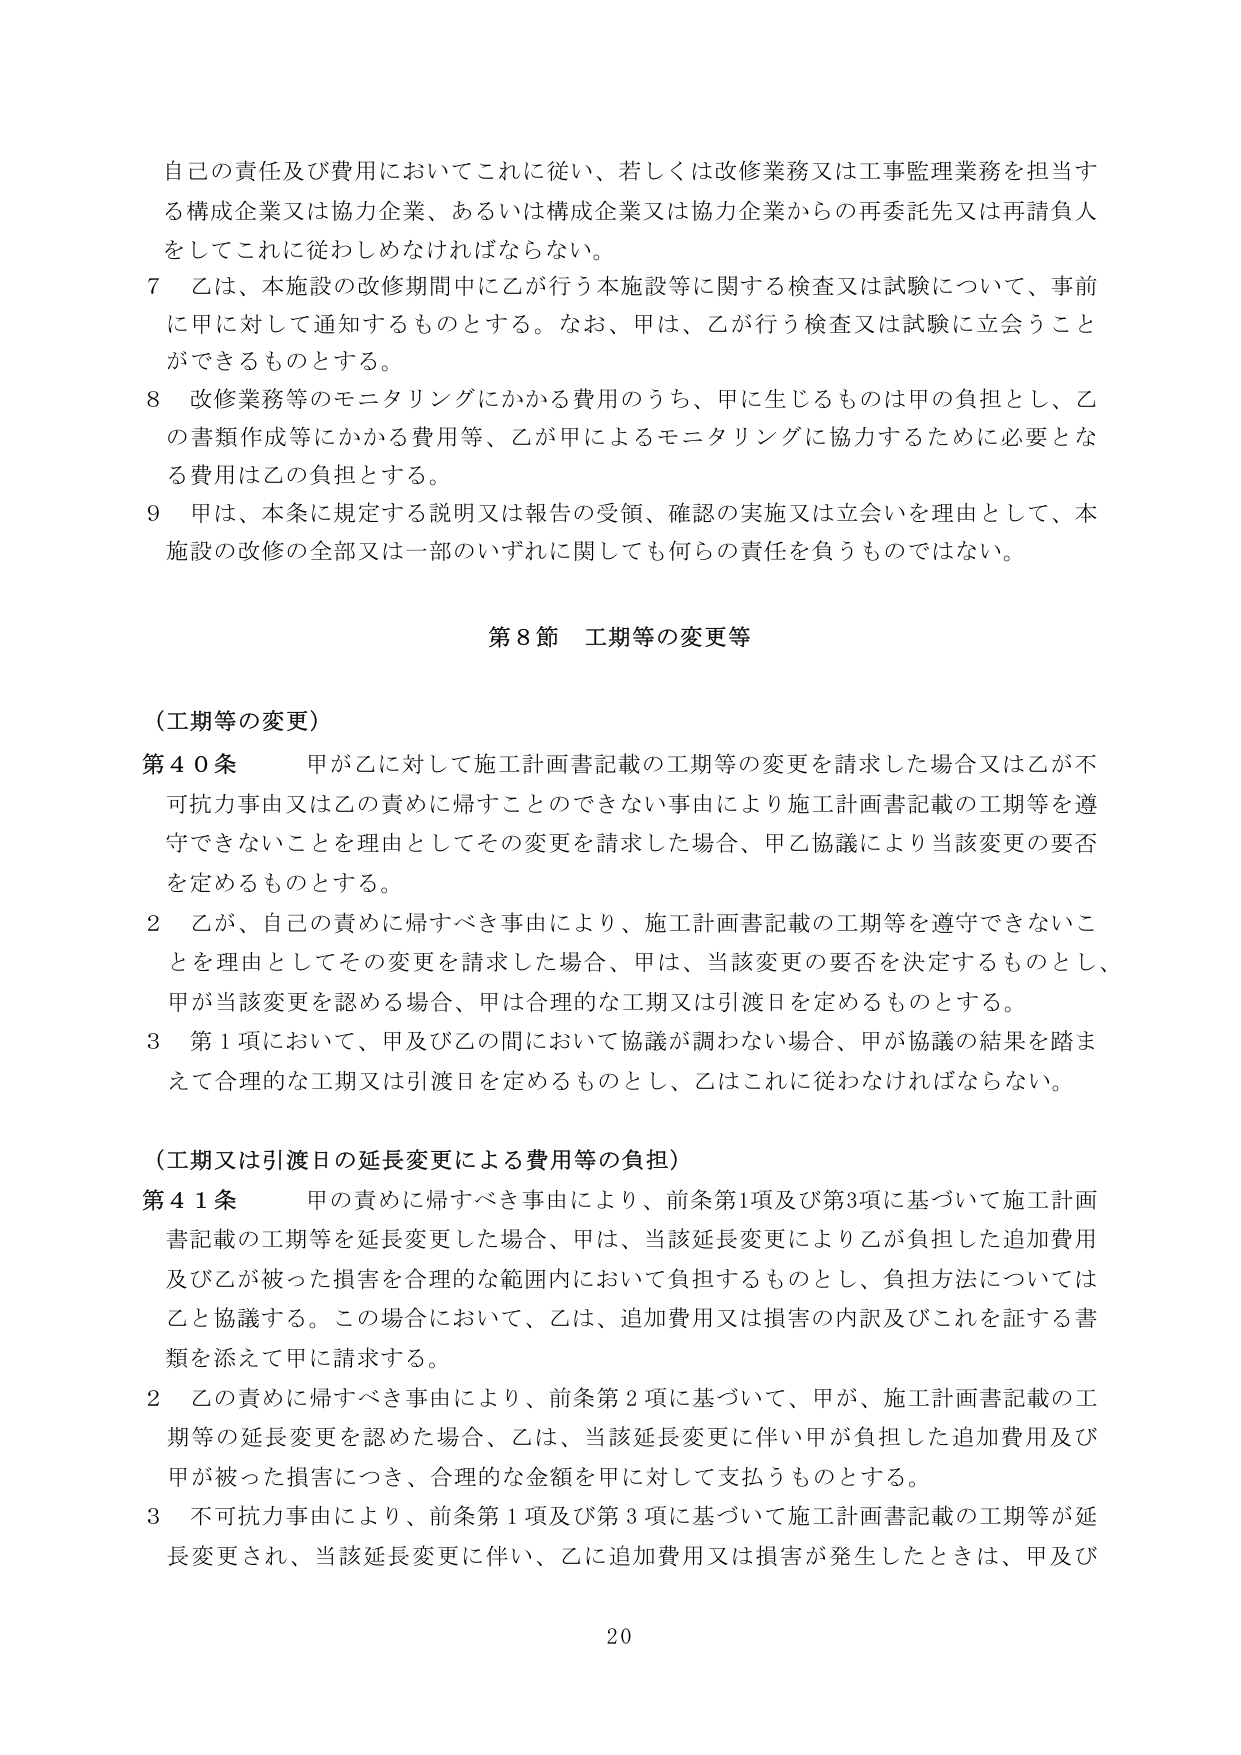
自己の責任及び費用においてこれに従い、若しくは改修業務又は工事監理業務を担当する構成企業又は協力企業、あるいは構成企業又は協力企業からの再委託先又は再請負人をしてこれに従わしめなければならない。

7 乙は、本施設の改修期間中に乙が行う本施設等に関する検査又は試験について、事前に甲に対して通知するものとする。なお、甲は、乙が行う検査又は試験に立会うことができるものとする。

8 改修業務等のモニタリングにかかる費用のうち、甲に生じるものは甲の負担とし、乙の書類作成等にかかる費用等、乙が甲によるモニタリングに協力するために必要となる費用は乙の負担とする。

9 甲は、本条に規定する説明又は報告の受領、確認の実施又は立会いを理由として、本施設の改修の全部又は一部のいずれに関しても何らの責任を負うものではない。

第8節 工期等の変更等

（工期等の変更）

第40条 甲が乙に対して施工計画書記載の工期等の変更を請求した場合又は乙が不可抗力事由又は乙の責めに帰すことのできない事由により施工計画書記載の工期等を遵守できないことを理由としてその変更を請求した場合、甲乙協議により当該変更の要否を定めるものとする。

2 乙が、自己の責めに帰すべき事由により、施工計画書記載の工期等を遵守できないことを理由としてその変更を請求した場合、甲は、当該変更の要否を決定するものとし、甲が当該変更を認める場合、甲は合理的な工期又は引渡日を定めるものとする。

3 第1項において、甲及び乙の間において協議が調わない場合、甲が協議の結果を踏まえて合理的な工期又は引渡日を定めるものとし、乙はこれに従わなければならない。

（工期又は引渡日の延長変更による費用等の負担）

第41条 甲の責めに帰すべき事由により、前条第1項及び第3項に基づいて施工計画書記載の工期等を延長変更した場合、甲は、当該延長変更により乙が負担した追加費用及び乙が被った損害を合理的な範囲内において負担するものとし、負担方法については乙と協議する。この場合において、乙は、追加費用又は損害の内訳及びこれを証する書類を添えて甲に請求する。

2 乙の責めに帰すべき事由により、前条第2項に基づいて、甲が、施工計画書記載の工期等の延長変更を認めた場合、乙は、当該延長変更に伴い甲が負担した追加費用及び甲が被った損害につき、合理的な金額を甲に対して支払うものとする。

3 不可抗力事由により、前条第1項及び第3項に基づいて施工計画書記載の工期等が延長変更され、当該延長変更に伴い、乙に追加費用又は損害が発生したときは、甲及び

20